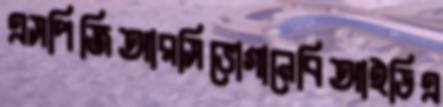
এসপিজিআরসিভোগানেবিআইডিএ